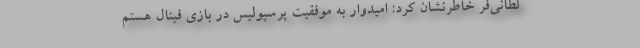
لطانی‌فر خاطرنشان کرد: امیدوار به موفقیت پرسپولیس در بازی فینال هستم